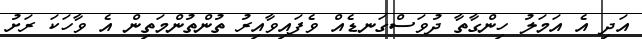
އަދި އެ އަމަލު ހިންގާތާ ދުވަސްގަނޑެއް ވެފައިވާއިރު ތުންތުންމަތިން އެ ވާހަކަ ރަށު